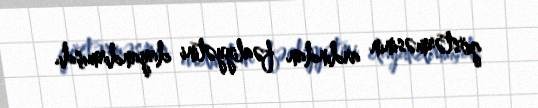
göstərməsinin ardından fəaliyyətini dayandırmışdı.